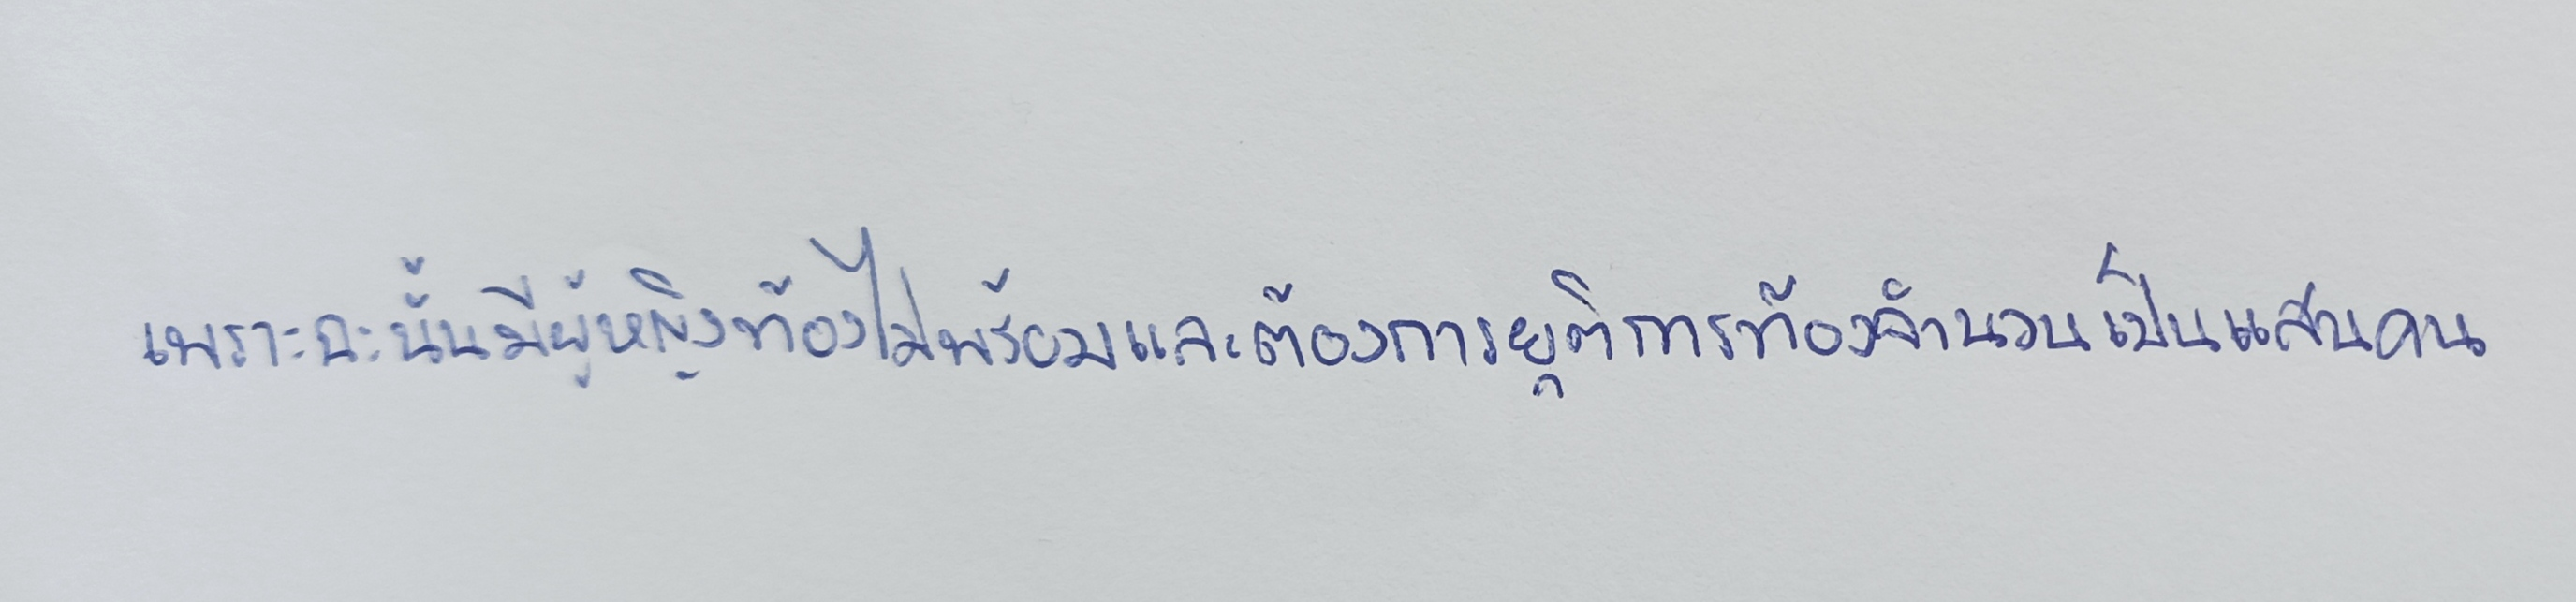
เพราะฉะนั้นมีผู้หญิงท้องไม่พร้อมและต้องการยุติการท้องจำนวนเป็นแสนคน